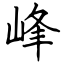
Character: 峰